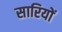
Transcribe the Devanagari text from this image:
सारियों